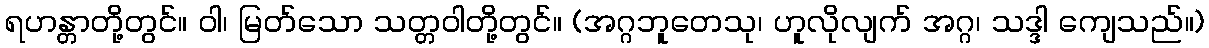
ရဟန္တာတို့တွင်။ ဝါ၊ မြတ်သော သတ္တဝါတို့တွင်။ (အဂ္ဂဘူတေသု၊ ဟူလိုလျက် အဂ္ဂ၊ သဒ္ဒါ ကျေသည်။)